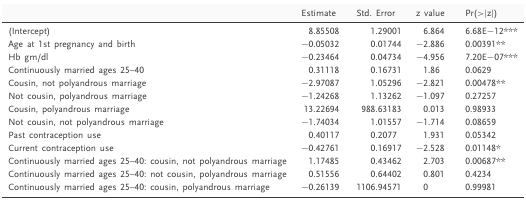
<table><thead><tr><td></td><td><b>Estimate</b></td><td><b>Std. Error</b></td><td><b>z value</b></td><td><b>Pr(&gt;|z|)</b></td></tr></thead><tbody><tr><td>(Intercept)</td><td>8.85508</td><td>1.29001</td><td>6.864</td><td>6.68E−12***</td></tr><tr><td>Age at 1st pregnancy and birth</td><td>−0.05032</td><td>0.01744</td><td>−2.886</td><td>0.00391**</td></tr><tr><td>Hb gm/dl</td><td>−0.23464</td><td>0.04734</td><td>−4.956</td><td>7.20E−07***</td></tr><tr><td>Continuously married ages 25–40</td><td>0.31118</td><td>0.16731</td><td>1.86</td><td>0.0629</td></tr><tr><td>Cousin, not polyandrous marriage</td><td>−2.97087</td><td>1.05296</td><td>−2.821</td><td>0.00478**</td></tr><tr><td>Not cousin, polyandrous marriage</td><td>−1.24268</td><td>1.13262</td><td>−1.097</td><td>0.27257</td></tr><tr><td>Cousin, polyandrous marriage</td><td>13.22694</td><td>988.63183</td><td>0.013</td><td>0.98933</td></tr><tr><td>Not cousin, not polyandrous marriage</td><td>−1.74034</td><td>1.01557</td><td>−1.714</td><td>0.08659</td></tr><tr><td>Past contraception use</td><td>0.40117</td><td>0.2077</td><td>1.931</td><td>0.05342</td></tr><tr><td>Current contraception use</td><td>−0.42761</td><td>0.16917</td><td>−2.528</td><td>0.01148*</td></tr><tr><td>Continuously married ages 25–40: cousin, not polyandrous marriage</td><td>1.17485</td><td>0.43462</td><td>2.703</td><td>0.00687**</td></tr><tr><td>Continuously married ages 25–40: not cousin, polyandrous marriage</td><td>0.51556</td><td>0.64402</td><td>0.801</td><td>0.4234</td></tr><tr><td>Continuously married ages 25–40: cousin, polyandrous marriage</td><td>−0.26139</td><td>1106.94571</td><td>0</td><td>0.99981</td></tr></tbody></table>